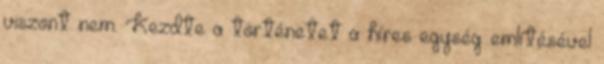
viszont nem. Kezdte a történetet a híres egység említésével